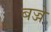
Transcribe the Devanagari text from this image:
बज्जे